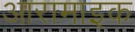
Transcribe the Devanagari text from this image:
आरामाइक